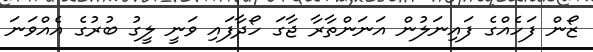
ޒޯން ފަހެއްގެ ފައިނަލުން އަނަންތާރާ ޖާގަ ހޯދާފައި ވަނީ ލީގު ބުރުގެ އެއްވަނަ